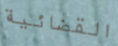
القضائية